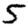
Digit: 5